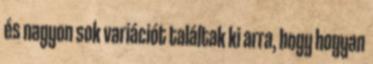
és nagyon sok variációt találtak ki arra, hogy hogyan